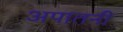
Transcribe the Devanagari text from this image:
अपातनी